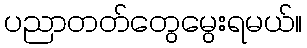
ပညာတတ်တွေမွေးရမယ်။